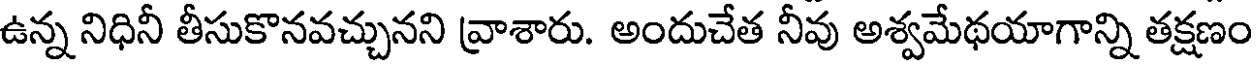
ఉన్న నిధినీ తీసుకొనవచ్చునని వ్రాశారు. అందుచేత నీవు అశ్వమేథయాగాన్ని తక్షణం